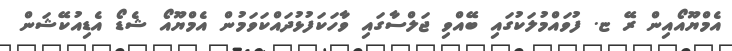
އެމްޔޫއޯއިން ރޭ ޏ. ފުވައްމުލަކުގައި ބޭއްވި ޖަލްސާގައި ވާހަކަފުޅުދައްކަވަމުން އެމްޔޫއޯ ޝެޑޯ އެޑިއުކޭޝަން